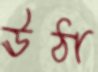
ঊঠা